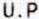
U.P